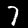
Label: 7